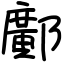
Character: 鄺